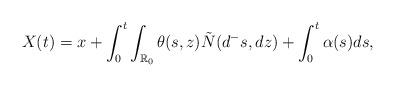
LaTeX: \begin{align*}X(t) = x +\int^t_0\int_{\mathbb{R}_0}\theta(s, z)\tilde{N}(d^-s, dz) +\int^t_0\alpha(s)ds,\end{align*}